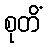
စုတိံ